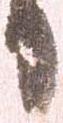
日